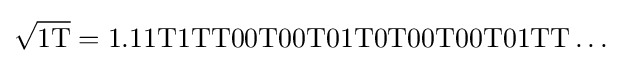
{\sqrt {\mathrm {1T} }}=\mathrm {1.11T1TT00T00T01T0T00T00T01TT\ldots }